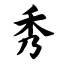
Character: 秀